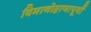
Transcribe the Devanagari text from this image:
विमानोड्डाणापूर्वी